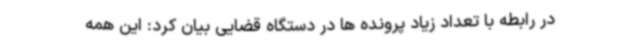
در رابطه با تعداد زیاد پرونده ها در دستگاه قضایی بیان کرد: این همه